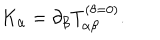
K _ { \alpha } = \partial _ { \beta } T _ { \alpha \beta } ^ { ( \theta = 0 ) } .